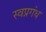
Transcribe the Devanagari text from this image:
स्वप्नगंध